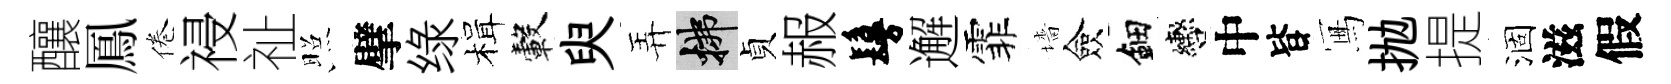
釀鳳倦祲祉照擘绿楫轂臾弄拂貞赧鬘邂霏墻僉鈿轡中𣅜冩抛提涸滋假